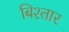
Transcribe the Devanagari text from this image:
बिश्तार